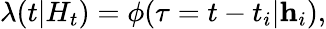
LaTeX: \lambda(t|H_{t})=\phi(\tau=t-t_{i}|\textbf{h}_{i}),